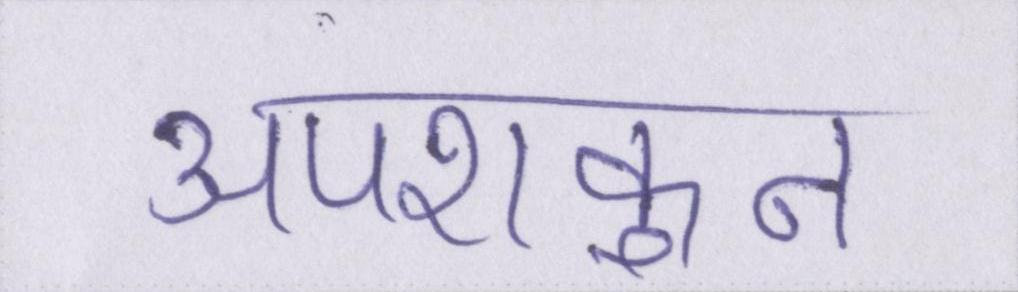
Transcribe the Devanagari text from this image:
अपशकुन